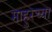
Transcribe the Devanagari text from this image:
माहुरच्या